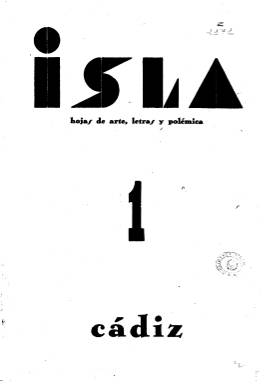
Título: Isla (Cádiz)
Otros títulos: Isla (Jerez de la Frontera)
Colección: Literatura
Ámbito geográfico: Cádiz
Lugar de publicación: Cádiz
Fechas: 01/01/1932-31/12/1940

Fue una de las tres únicas revistas literario-culturales –junto a Cruz y raya y Revista de occidente- que traspasaron el umbral de la guerra civil española. Con dos épocas diferenciadas y periodicidad irregular, la primera alcanza hasta 1936 y está integrada por nueve números (cuadernos), algunos dobles, que subtitula “hoja de arte, letras y polémica”. Fue dirigida por un templado y aséptico poeta menor relacionado con la generación del 27,  Pedro Pérez Clotet, que estuvo acompañado como “mentor” de los primeros números de la publicación por Rafael Urbano.

En ella confluyen tanto las primeras plumas como otras menores de las generaciones de 27 y del 36, con textos tanto en verso como en prosa, dándole más espacio a los primeros, e incluyendo en un número ilustraciones pictóricas y en otro una partitura musical, así como algún artículo sobre teatro. También incluyó una sección titulada “T.S.H.”, una especie de crónica sobre la actualidad literaria, artística, bibliográfica y hemerográfica del mundo cultural. También traduce, entre otros, a Paul Valéry, o dedica monográficos al romanticismo.

Sin completar la nómina, en la primera época se dan cita Carlos María de Vallejo, Teófilo Ortega, José María Pemán, José María Luelmo, Ricardo Gullón, Guillermo Díaz Plaja, José A. Muñoz Rojas, Benjamín Jarnés, Carlos Fenoll, Miguel Hernández, Enrique Azcoaga, Alfredo Marqueríe, Luis Peñafiel Alcázar, Leopoldo Panero, Vicente Aleixandre, Adriano del Valle, Raimundo de los Reyes, María Cegarra Salcedo, Jorge Guillén, Antonio Oliver Belmás, Carmen Conde, Max Aub, Juan Panero Torbado, Juan Gil-Albert, Dictinio de Castillo-Elejabieta, José Antonio Maravall, Emilio Prados, Antonio de Obregón y José Ferrater Mora.

Desde 1935, la redacción de la revista se había trasladado a Jerez de la Frontera (Cádiz) y su segunda época comenzará en 1937, estando integrada por once números, donde junto a su cabecera se estamparán las frases de primer, segundo y tercer “año triunfal” y, por último “año de la victoria”. Es cuando la revista adquiere un tono beligerante y belicista e incluye consignas y eslóganes políticos a favor del levantamiento militar de Franco, de los sublevados Millán Astray y José Antonio Primo de Rivera y de la España nacional-católica.

En esta época aparecerán textos de, entre otros, Luis Felipe Vivanco, Dionisio Ridruejo, el de un joven de diecisiete años llamado José Hierro, Ángel Balbuena Prat o Joaquín Entrambasaguas, así como la traducción de Dámaso Alonso de un poema de Gil-Vicente.

Al comenzar la década de los cincuenta, su director recibió la negativa de las autoridades de la prensa del régimen que no le autorizaron la reaparición de la revista. José Antonio Hernández Guerrero hizo un estudio sobre la misma en 1983 y en 2006 la Diputación Provincial de Cádiz publicó su reproducción facsímil de su colección, con números de entre 12 y 36 páginas.

-----------------------------------------------------------

El original de esta colección en la BNE se encuentra incompleto:

     N. 2-3: Falta la última hoja (con reseñas: TSH) y la contracubierta, que lleva impreso el sumario
     N. 4: Faltan 4 páginas con las siguientes obras: Romance vulgar, sin nombre / Vicente Carrasco; Chopo / Ricardo Gullón; Eco / Ricardo Gullón;  Canción del estrambote tonto / T. Seral y Casas;  Poemas / P. Pérez Clotet;  Guijos / Enrique Azcoaga. Faltan además otras cuatro páginas al final con El Héroe como concepto / Ramón Sijé (no consta en el sumario).
     N. 5: Faltan 8 páginas con las obras: Coplas manriqueñas / Jose Mª Pemán; Alba / N. Sanz y Ruiz de la Peña; Antoñito el Camborio / J. Rodríguez Cánovas; Folletín / Antonio de Obregón; Fin / Enrique Azcoaga; Ay, que ya no la verás / José Fco. Díaz de Vargas; Romancillo de la risa fresca / R. Olivares Figueroa; Ansias / Maruja Falena; Sentido / P. Pérez Clotet.

Falta también el número 10 de la primera etapa (1936): "La segunda época de Isla, verso y prosa comienza con el n. 10 -en realidad el n. 10 (bis)- editado en el año 1937. El correspondiente 10 de la primera etapa se perdió en el año 1936, por la guerra, según nota manuscrita de Pérez-Clotet, y sólo existe un ejemplar, en poder de la familia de éste (hoy puede leerse en la reproducción facsímil de la primera etapa de Isla, a cargo de José María Barrera López, Ed. Renacimiento-Diputación de Cádiz-Centro Cultural Generación del 27, Sevilla-Cádiz-Málaga, 2006)." [Nota extraída del prólogo de la edición facsímil]

[Descripción modificada el 27/07/2022].